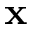
\mathbf { x }